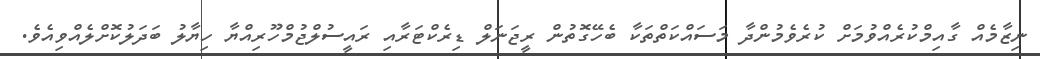
ނިޒާމެއް ގާއިމްކުރެއްވުމަށް ކުރެވެމުންދާ މަސައްކަތްތަކާ ބެހޭގޮތުން ރީޖަނަލް ޑިރެކްޓަރާއި ރައީސުލްޖުމްހޫރިއްޔާ ހިޔާލު ބަދަލުކޮށްލެއްވިއެވެ.